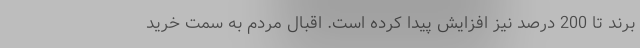
برند تا 200 درصد نیز افزایش پیدا کرده است. اقبال مردم به سمت خرید